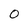
Character: O